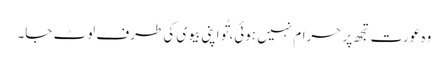
وہ عورت تجھ پر حرام نہیں ہوئی، تُو اپنی بیوی کی طرف لوٹ جا۔